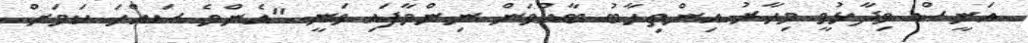
އަނީސް ވިދާޅުވީ މިހާރު އިންތިހާބު ބާއްވަން ނިންމާފައި ވަނީ "އެންމެ ސައްހަ ކަމަށް